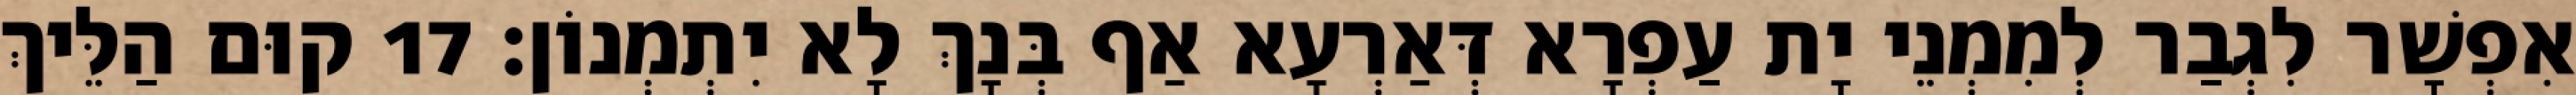
אִפְשָׁר לִגְבַר לְמִמְנֵי יָת עַפְרָא דְּאַרְעָא אַף בְּנָךְ לָא יִתְמְנוֹן׃ 17 קוּם הַלֵּיךְ